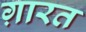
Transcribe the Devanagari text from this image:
ग़ारत